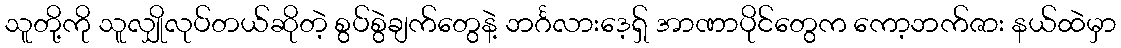
သူတို့ကို သူလျှိုလုပ်တယ်ဆိုတဲ့ စွပ်စွဲချက်တွေနဲ့ ဘင်္ဂလားဒေ့ရှ် အာဏာပိုင်တွေက ကော့ဘက်ဇား နယ်ထဲမှာ